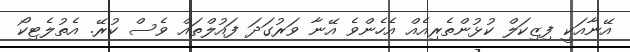
އޭނާއަކީ ފިޒިކަލް ކުޅުންތެރިއެއް އެހެންވެ އޭނާ ވަރުގަދަ ފައުލްތައް ވެސް ކުރޭ. އެތުލެޓިކޯ